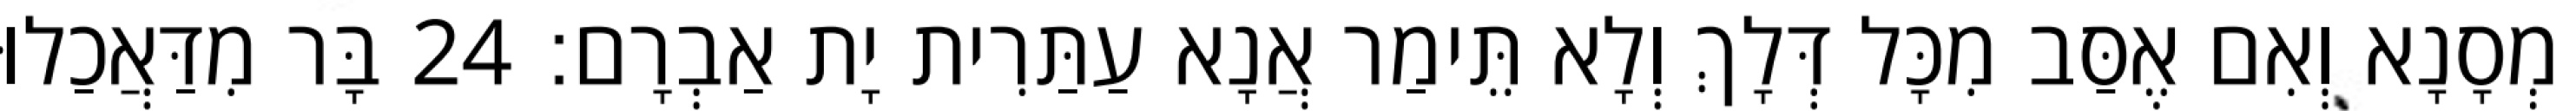
מְסָנָא וְאִם אֶסַּב מִכָּל דְּלָךְ וְלָא תֵּימַר אֲנָא עַתַּרִית יָת אַבְרָם׃ 24 בָּר מִדַּאֲכַלוּ